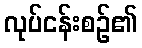
လုပ်ငန်းစဉ်၏